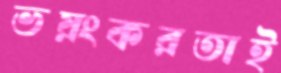
ভয়ংকরতাই